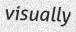
visually